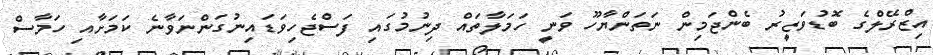
އިޒްރޭލްގެ ބޮޑުވަޒީރު ބެންޖަމިން ނަތަންޔާހޫ ވަނީ ހަމަލާތައް ދިނުމުގައި ފަސްޖެހިވަޑައިނުގަންނަވާނެ ކަމަށާއި ހަމާސް